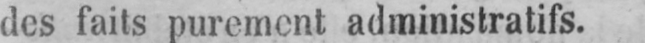
des faits purement administratifs.